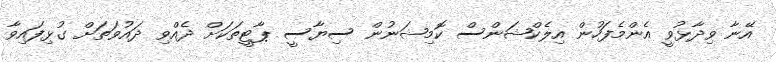
އޭނާ ވިދާޅުވީ އެންމެފަހުން އިލެކްޝަންސް ކޮމިޝަނުން ސިޔާސީ ޕާޓީތަކަށް ދެއްވި ދައުވަތަށް ގުޅިފައިވާ